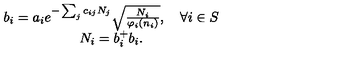
\begin{array} { c } { b _ { i } = a _ { i } e ^ { - \sum _ { j } c _ { i j } N _ { j } } \sqrt { \frac { N _ { i } } { \varphi _ { i } ( n _ { i } ) } } , \quad \forall i \in S } \\ { N _ { i } = b _ { i } ^ { + } b _ { i } . } \\ \end{array}